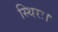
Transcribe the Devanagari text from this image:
स्थिरः।